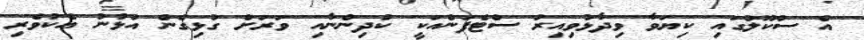
އެ ސުކޫލުގައި ކިޔަވާ ވިދާޅުވިއިރު ސްޓެފަންއަކީ ކުދިންނާއި ވަރަށް ގުޅިގެން އުޅުނު އެކުވެރި